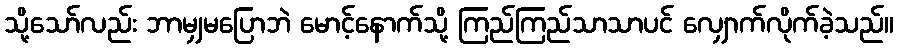
သို့သော်လည်း ဘာမျှမပြောဘဲ မောင့်နောက်သို့ ကြည်ကြည်သာသာပင် လျှောက်လိုက်ခဲ့သည်။